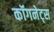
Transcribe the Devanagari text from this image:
कॉगनेट्स